Indian journal of veterinary science and animal husbandry - Volumes 24-25, 1954-1955
Year: 1954
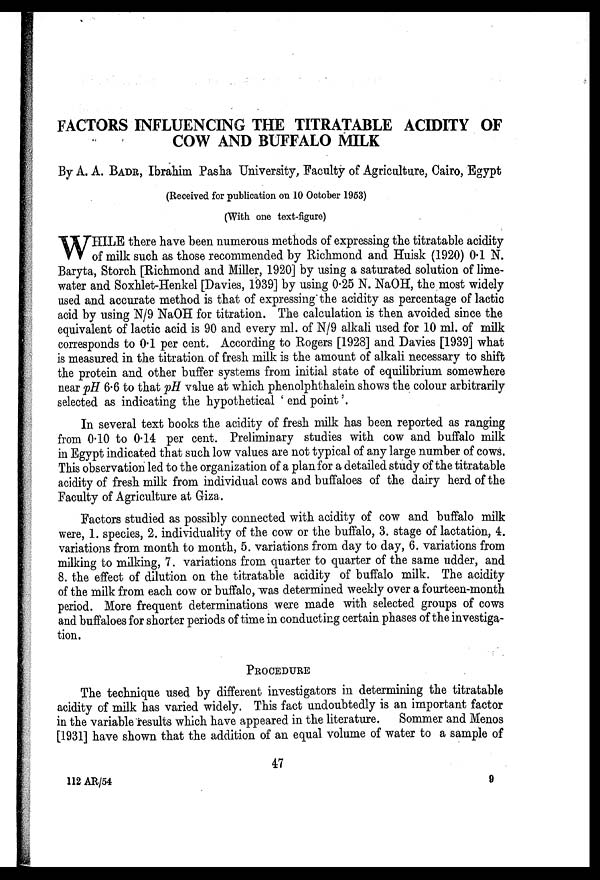
FACTORS INFLUENCING THE TITRATABLE ACIDITY OF
COW AND BUFFALO MILK
By A. A. BADR, Ibrahim Pasha University, Faculty of Agriculture, Cairo, Egypt
(Received for publication on 10 October 1953)
(With one text-figure)
W HILE there have been numerous methods of expressing the titratable acidity
of milk such as those recommended by Richmond and Huisk (1920) 0.1 N.
Baryta, Storch [Richmond and Miller, 1920] by using a saturated solution of lime-
water and Soxhlet-Henkel [Davies, 1939] by using 0.25 N. NaOH, the most widely
used and accurate method is that of expressing the acidity as percentage of lactic
acid by using N/9 NaOH for titration. The calculation is then avoided since the
equivalent of lactic acid is 90 and every ml. of N/9 alkali used for 10 ml. of milk
corresponds to 0.1 per cent. According to Rogers [1928] and Davies [1939] what
is measured in the titration of fresh milk is the amount of alkali necessary to shift
the protein and other buffer systems from initial state of equilibrium somewhere
near pH 6.6 to that pH value at which phenolphthalein shows the colour arbitrarily
selected as indicating the hypothetical 'end point'.
In several text books the acidity of fresh milk has been reported as ranging
from 0.10 to 0.14 per cent. Preliminary studies with cow and buffalo milk
in Egypt indicated that such low values are not typical of any large number of cows.
This observation led to the organization of a plan for a detailed study of the titratable
acidity of fresh milk from individual cows and buffaloes of the dairy herd of the
Faculty of Agriculture at Giza.
Factors studied as possibly connected with acidity of cow and buffalo milk
were, 1. species, 2. individuality of the cow or the buffalo, 3. stage of lactation, 4.
variations from month to month, 5. variations from day to day, 6. variations from
milking to milking, 7. variations from quarter to quarter of the same udder, and
8. the effect of dilution on the titratable acidity of buffalo milk. The acidity
of the milk from each cow or buffalo, was determined weekly over a fourteen-month
period. More frequent determinations were made with selected groups of cows
and buffaloes for shorter periods of time in conducting certain phases of the investiga-
tion.
PROCEDURE
The technique used by different investigators in determining the titratable
acidity of milk has varied widely. This fact undoubtedly is an important factor
in the variable results which have appeared in the literature. Sommer and Menos
[1931] have shown that the addition of an equal volume of water to a sample of
47
112 AR/54
9